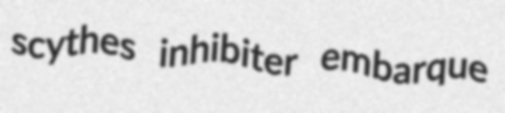
scythes inhibiter embarque